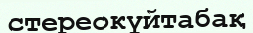
стереокүйтабақ